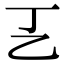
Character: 㐉